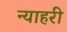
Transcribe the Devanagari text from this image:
न्याहरी